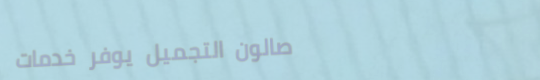
صالون التجميل يوفر خدمات